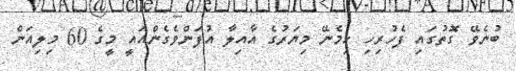
ބުނެވޭ ގޮތުގައި ފެހުރިހި ހިމެނޭ މިޔަރުގެ އާއިލާ އުފަންވެގެންއައީ މީގެ 60 މިލިއަން